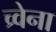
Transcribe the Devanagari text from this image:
च्र्वेना